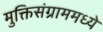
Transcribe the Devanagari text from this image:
मुक्तिसंग्राममध्ये